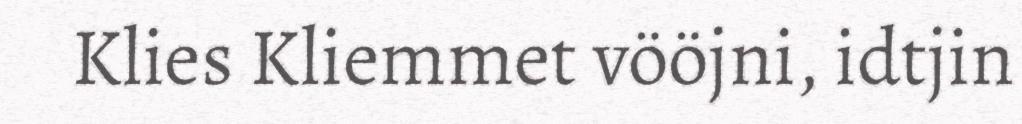
Klies Kliemmet vööjni, idtjin